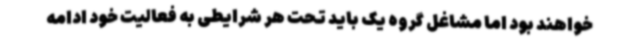
خواهند بود اما مشاغل گروه یک باید تحت هر شرایطی به فعالیت خود ادامه